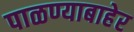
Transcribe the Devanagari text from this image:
पाळण्याबाहेर